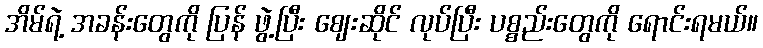
အိမ်ရဲ့ အခန်းတွေကို ပြန် ဖွဲ့ပြီး ဈေးဆိုင် လုပ်ပြီး ပစ္စည်းတွေကို ရောင်းရမယ်။